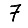
Digit: 7